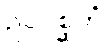
ဥပဂစ္ဆဟံ